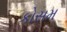
કોસમ